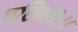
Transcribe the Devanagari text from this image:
परिभवः।।